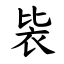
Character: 䘡